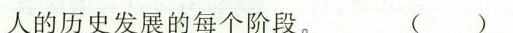
人的历史发展的每个阶段。 ( )